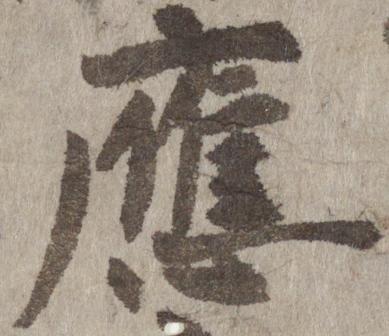
応